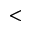
<